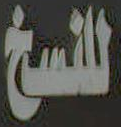
للنسخ